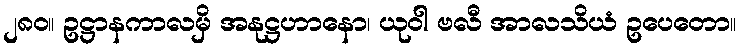
၂၈၀။ ဥဋ္ဌာနကာလမှိ အနုဋ္ဌဟာနော၊ ယုဝါ ဗလီ အာလသိယံ ဥပေတော။